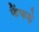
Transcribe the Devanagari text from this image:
फैंफड़े